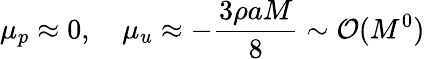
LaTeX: \mu_{p}\approx 0,\quad\mu_{u}\approx-\frac{3\rho aM}{8}\sim\mathcal{O}(M^{0})